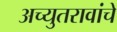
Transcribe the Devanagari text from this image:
अच्युतरावांचे